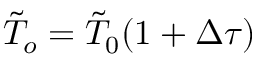
\tilde { T } _ { o } = \tilde { T } _ { 0 } ( 1 + \Delta \tau )